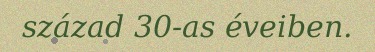
század 30-as éveiben.